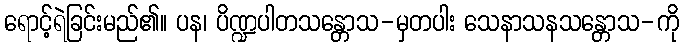
ရောင့်ရဲခြင်းမည်၏။ ပန၊ ပိဏ္ဍပါတသန္တောသ-မှတပါး သေနာသနသန္တောသ-ကို